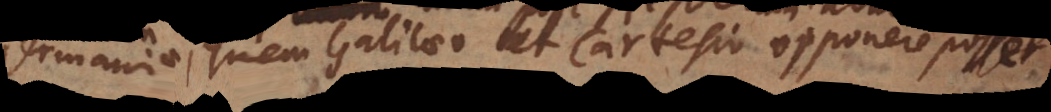
Germania, quem Galilaeo et Cartesio opponere posset.